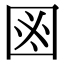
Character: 𱕻